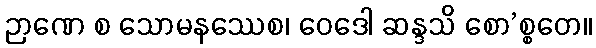
ဉာဏေ စ သောမနဿေစ၊ ဝေဒေါ ဆန္ဒသိ စော’စ္စတေ။